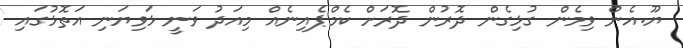
ޔޫ.އެން ވިމެން ގުޅިގެން ދޮރުން ދޮރަށް ކެމްޕެއިނެއް މިއަދު ވަނީ ޅަވިޔަނި އަތޮޅުގައި